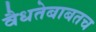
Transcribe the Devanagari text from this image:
वैधतेबाबतच